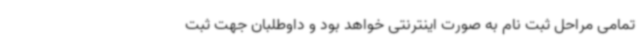
تمامی مراحل ثبت نام به صورت اینترنتی خواهد بود و داوطلبان جهت ثبت